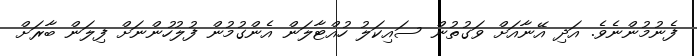
ފެނުމުންނެވެ. އަދި އޭނާއަށް ވަގުތުން ސައިކަލު ހުއްޓާލަން އެންގުމުން ފުލުހުންނަށް ފިލަން ބާރަށް